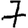
Digit: 7